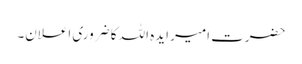
حضرت امیر ایدہ اللہ کا ضروری اعلان۔